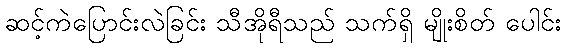
ဆင့်ကဲပြောင်းလဲခြင်း သီအိုရီသည် သက်ရှိ မျိုးစိတ် ပေါင်း